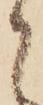
に